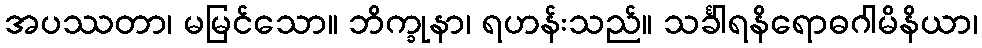
အပဿတာ၊ မမြင်သော။ ဘိက္ခုနာ၊ ရဟန်းသည်။ သင်္ခါရနိရောဓဂါမိနိယာ၊